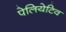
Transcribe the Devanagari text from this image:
पेलियेटिव